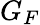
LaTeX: G_{F}